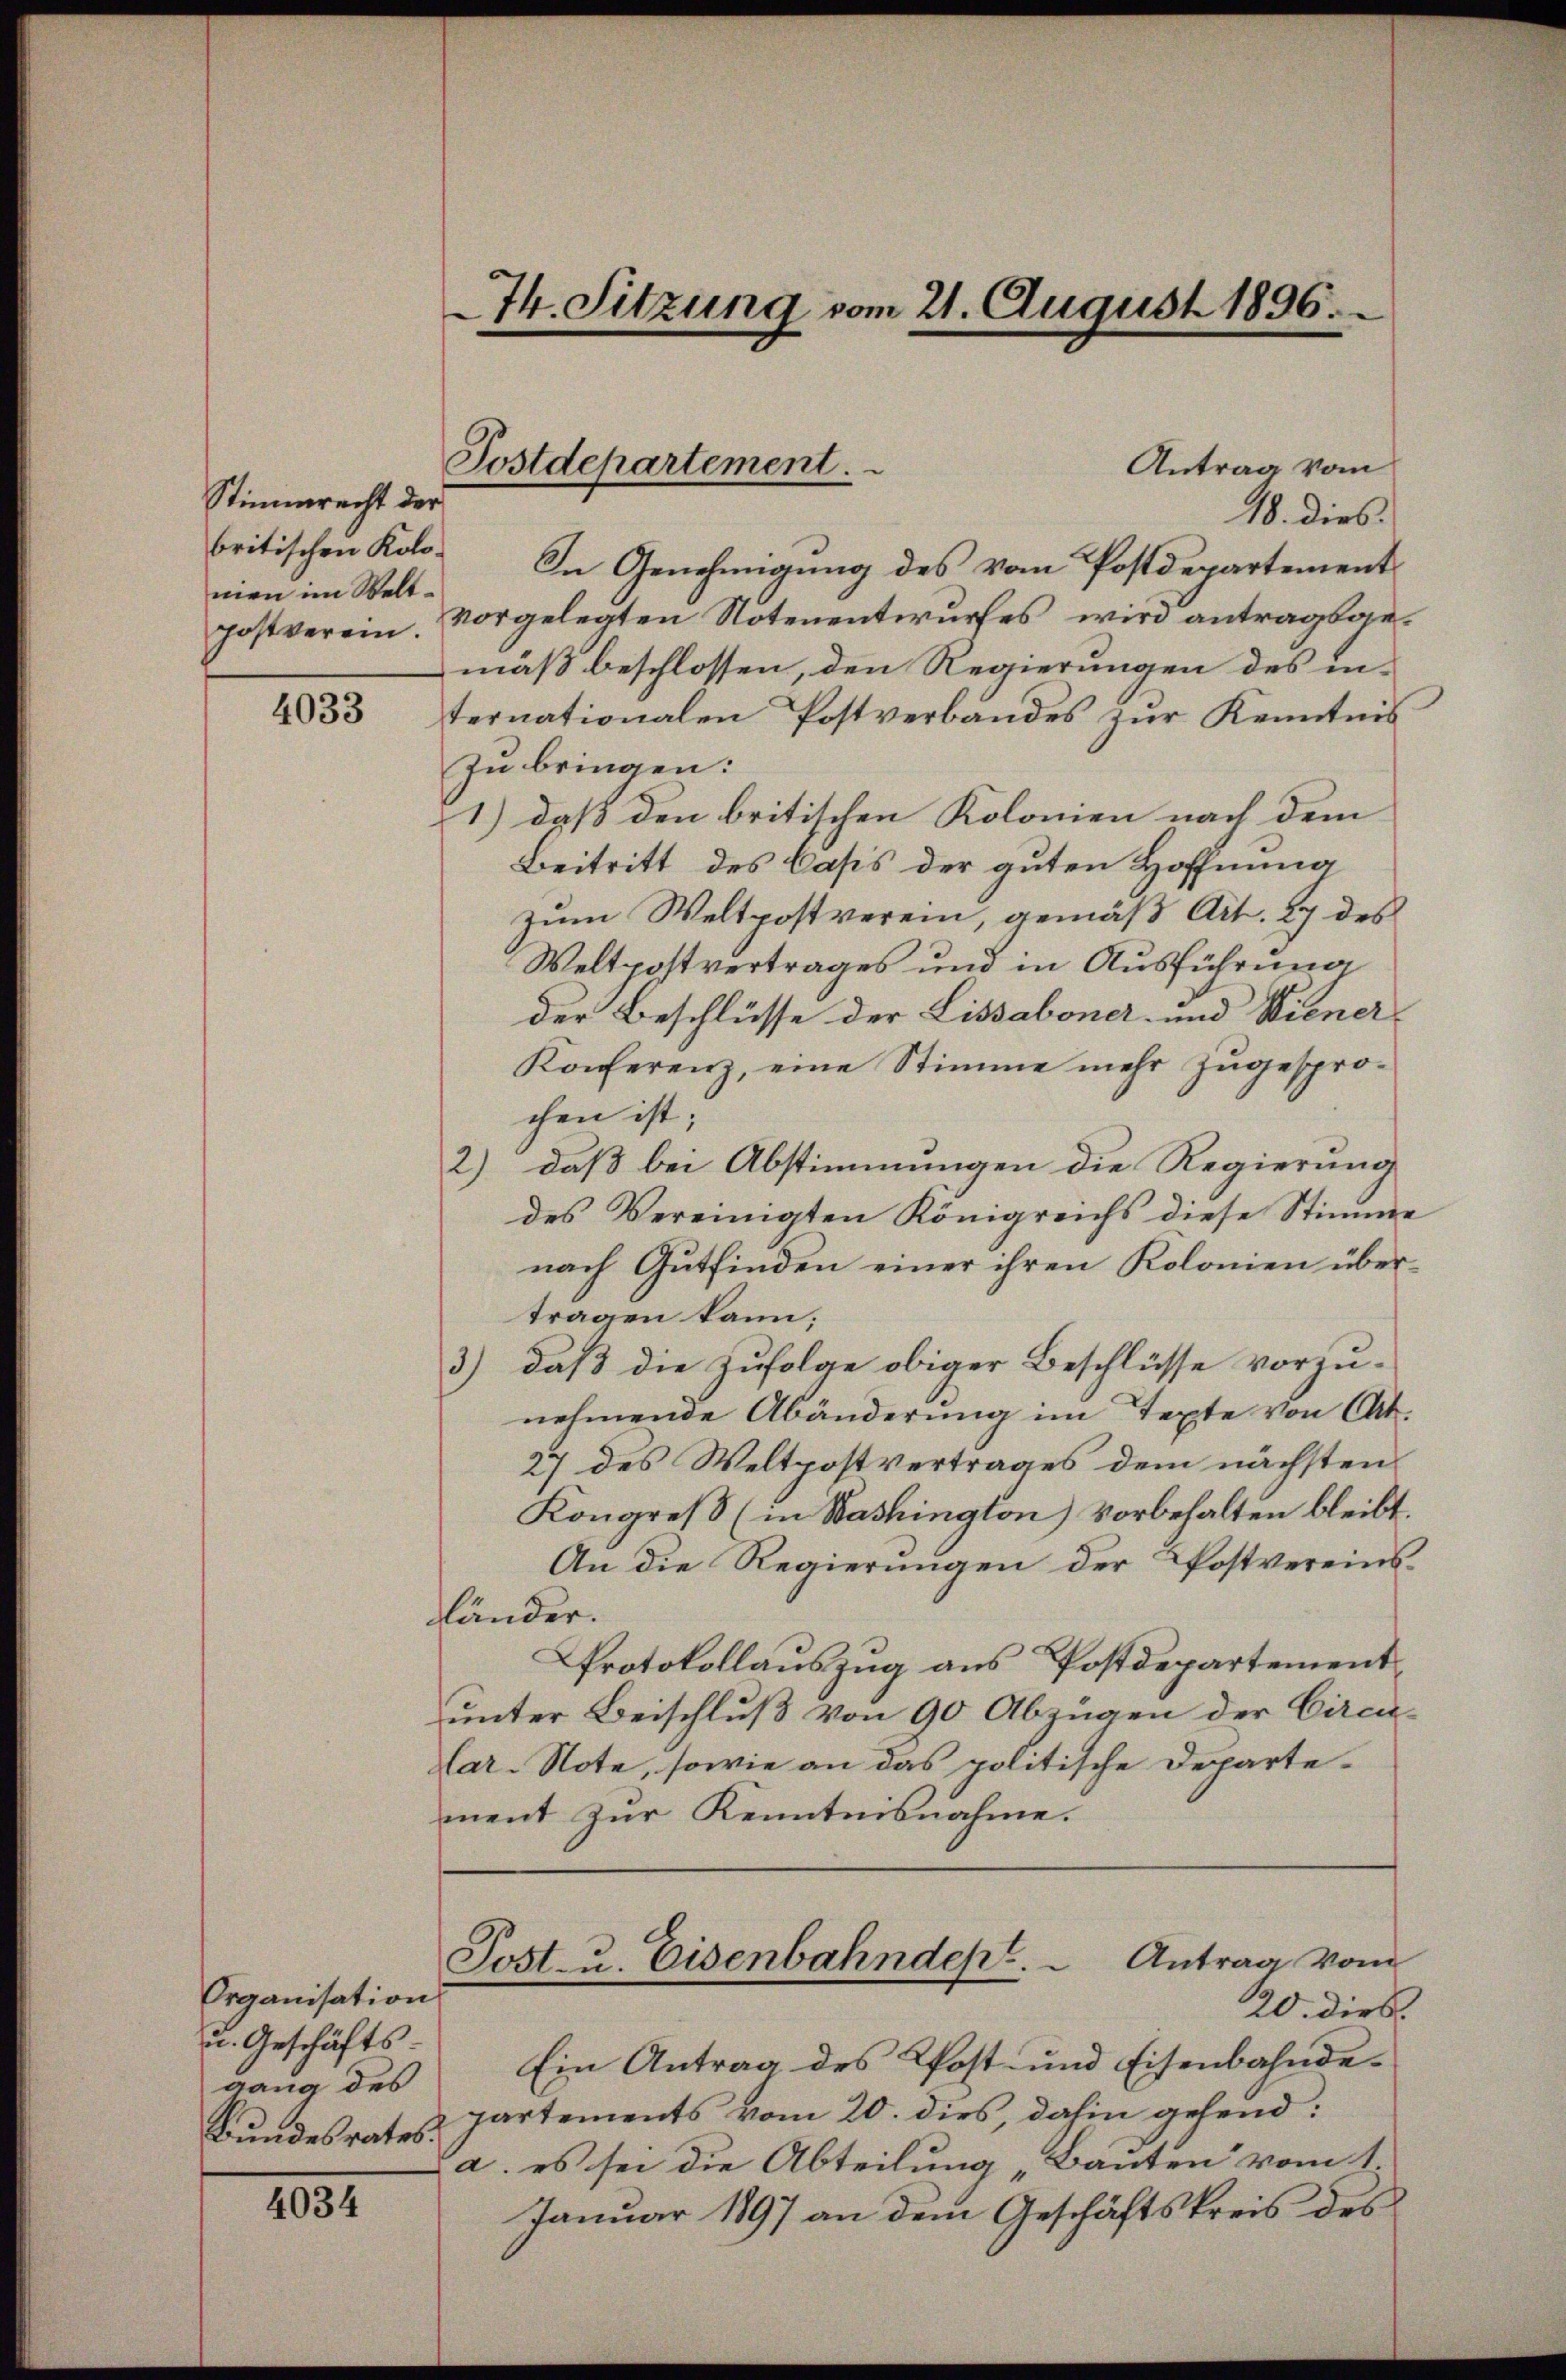
Stimmrecht der
nien im Weltpostverein.

4033

Organisation
u. Geschäfts-
gang des
Bundesrates.

4034

Antrag vom
18. dies
britischen Kolo. In Genehmigung des vom Postdepartement
vorgelegten Notenentwurfes, wird antragsgemäß beschlossen, den Regierungen des internationalen Postverbandes zŭr Kenntnis
Zu bringen:
1) daß den britischen Kolonien nach dem
Beitritt des Casis der guten Hoffnung
zum Weltpostverein, gemäß Art. 27 des
Weltpostvertrages und in Ausführung
der Beschlüsse der Lissaboner- und Wiener¬
Konferenz, eine Stimme mehr zugesprochen ist;
2) daß bei Abstimmungen die Regierung
des Vereinigten Königreichs diese Stimme
nach Gutfinden einer ihren Kolonien übertragen kann;
3) daß die Zufolge obiger Beschlüsse vorzu-
nehmende Abänderŭng im Texte von Okt.
27 des Weltpostvertrages dem nächsten
Kongreß (in Washington) vorbehalten bleibt.
An die Regierungen der Postvereinslländer.
Protokollauszug aus Postdepartementunter Beischluß von 90 Abzügen der Circu¬
Lar-Note, sowie an das politische Departement zur Kenntnisnahme.
Post- u. Eisenbahndept.  Antrag vom
20. dies
Ein Antrag des Kost- und Eisenbahndepartements vom 20. dies, dahin gehend:
a. es sei die Abteilung „Bauten vom 1.
Januar 1897 an dem Geschäftskreis des

74. Sitzung vom 21. August 1896.

Postdepartement.